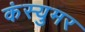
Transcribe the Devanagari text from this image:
कंस्युमर